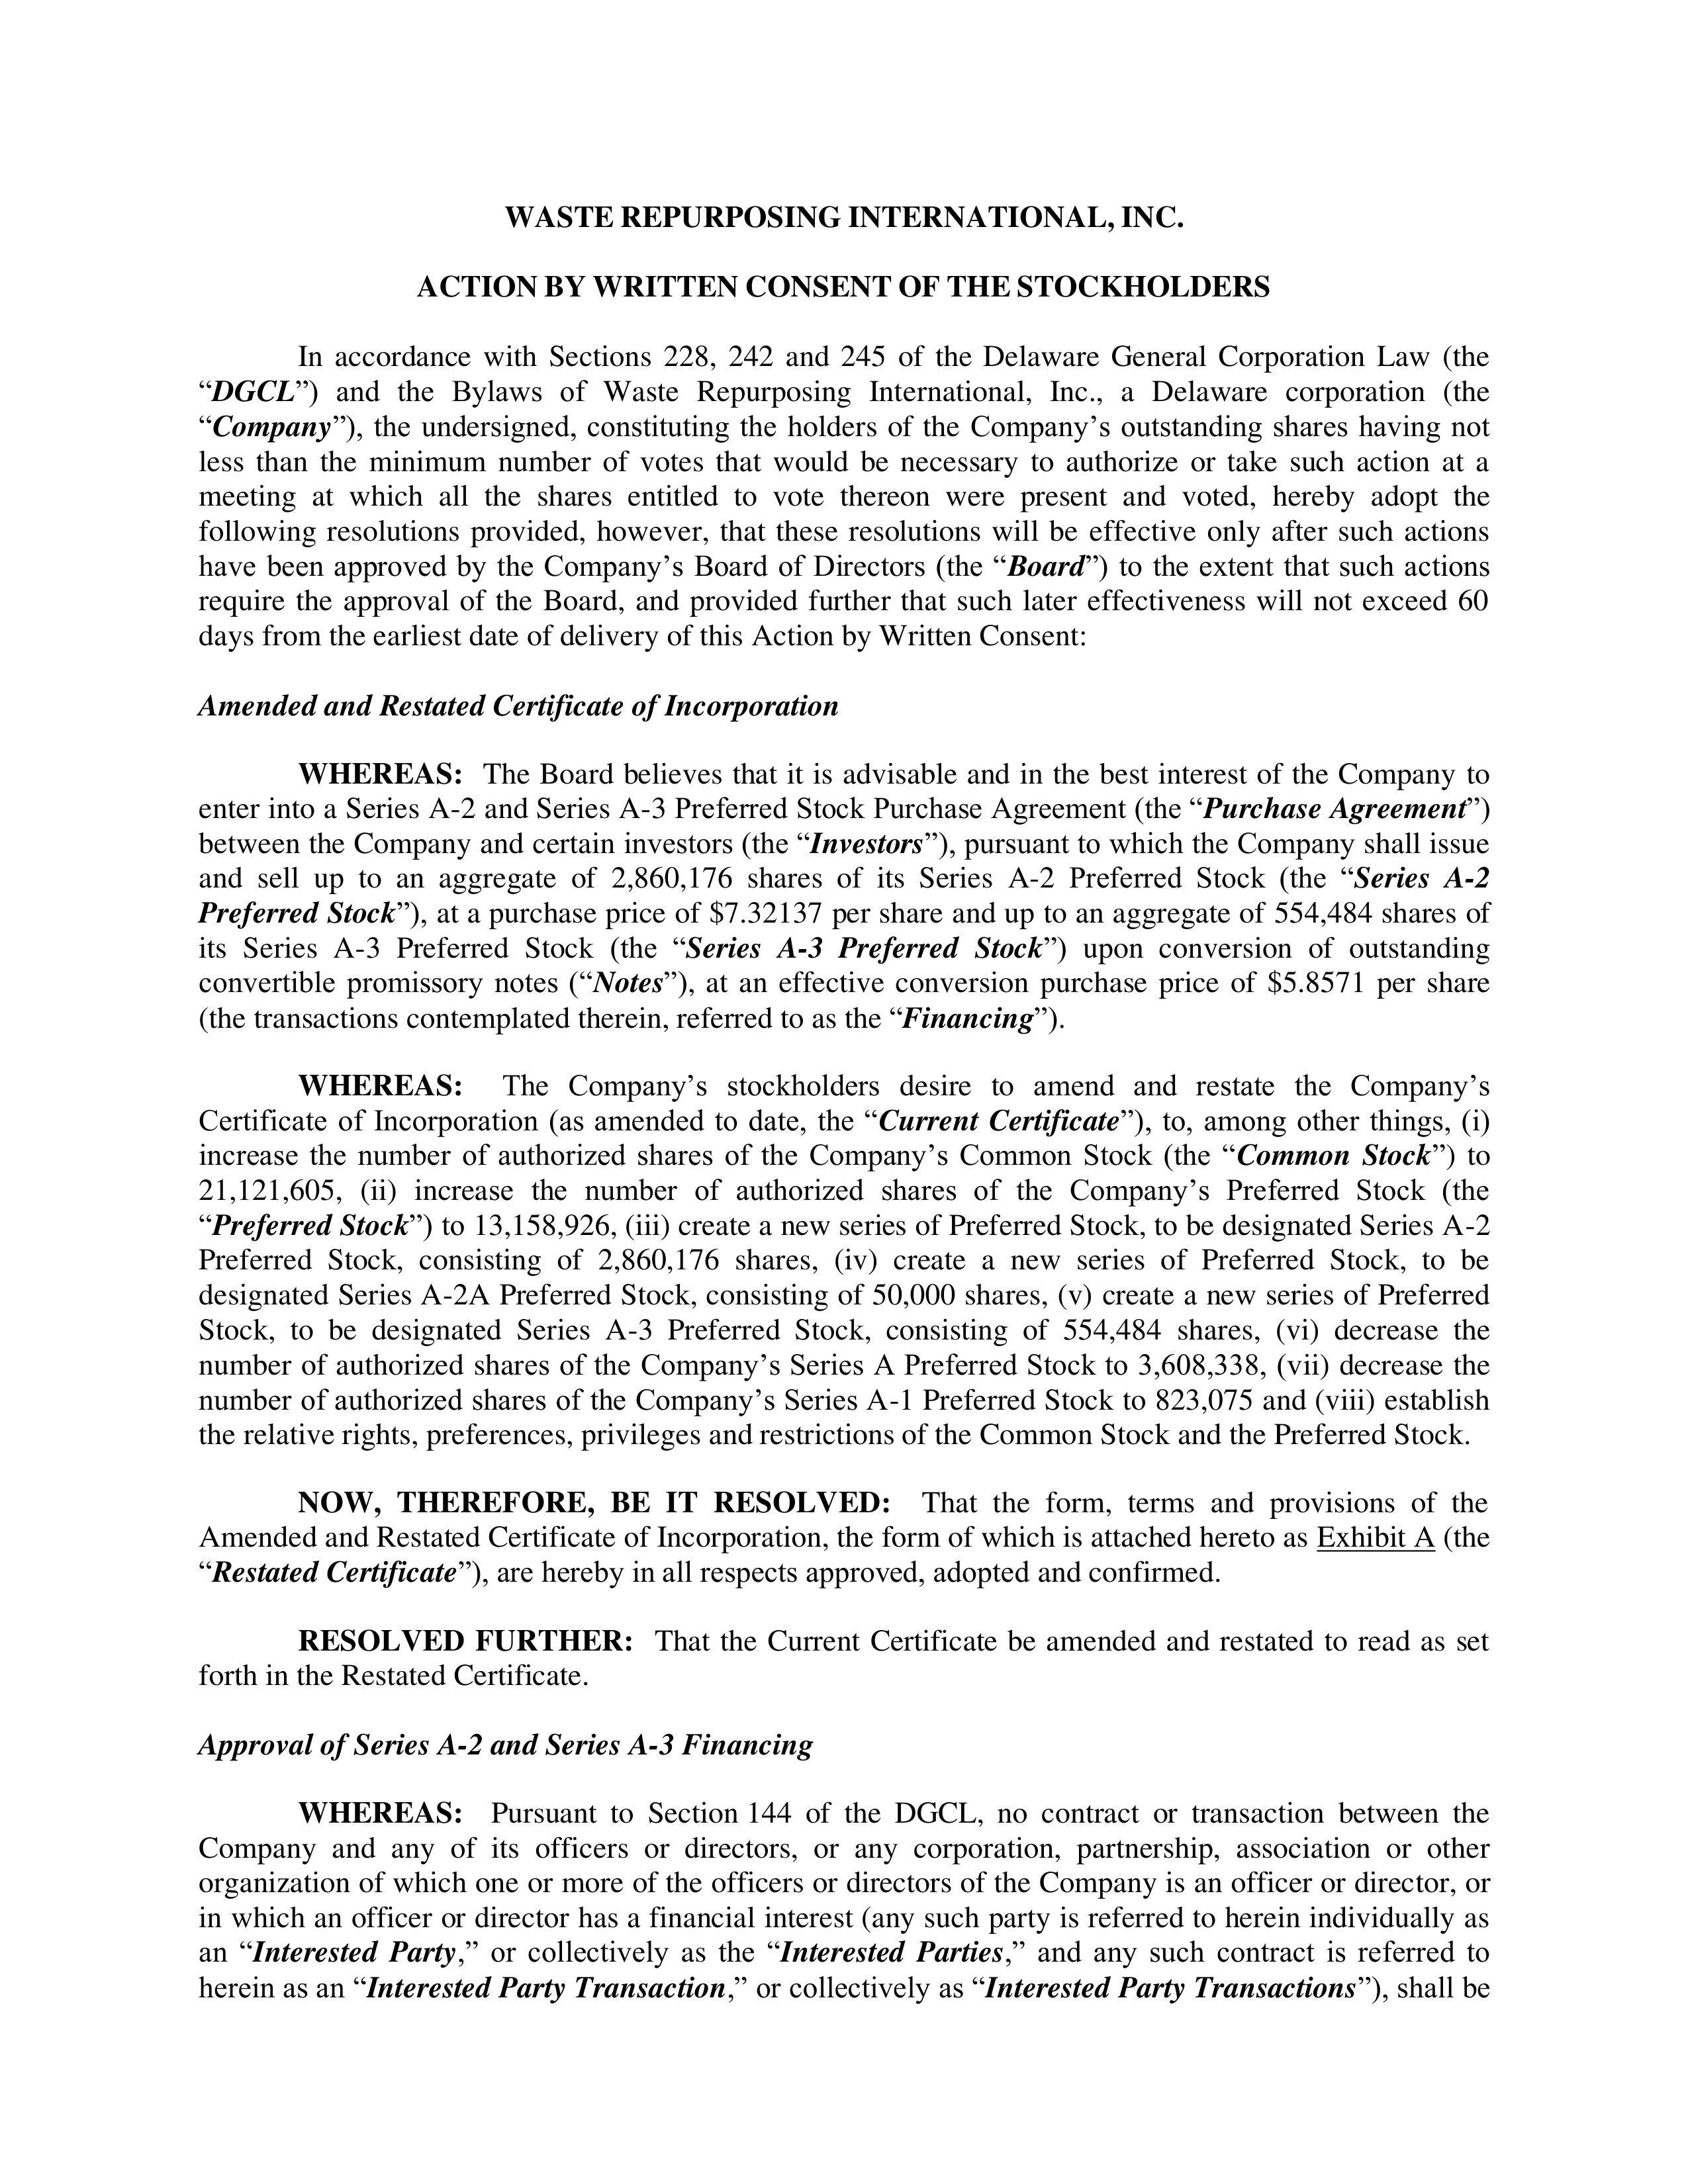
WASTE REPURPOSING INTERNATIONAL, INC.

ACTION BY WRITTEN CONSENT OF THE STOCKHOLDERS

In accordance with Sections 228, 242 and 245 of the Delaware General Corporation Law (the
"DGCL") and the Bylaws of Waste Repurposing International, Inc., a Delaware corporation (the
"Company"), the undersigned, constituting the holders of the Company's outstanding shares having not
less than the minimum number of votes that would be necessary to authorize or take such action at a
meeting at which all the shares entitled to vote thereon were present and voted, hereby adopt the
following resolutions provided, however, that these resolutions will be effective only after such actions
have been approved by the Company's Board of Directors (the "Board") to the extent that such actions
require the approval of the Board, and provided further that such later effectiveness will not exceed 60
days from the earliest date of delivery of this Action by Written Consent:

Amended and Restated Certificate of Incorporation

WHEREAS: The Board believes that it is advisable and in the best interest of the Company to
enter into a Series A-2 and Series A-3 Preferred Stock Purchase Agreement (the "Purchase Agreement")
between the Company and certain investors (the "Investors"), pursuant to which the Company shall issue
and sell up to an aggregate of 2,860,176 shares of its Series A-2 Preferred Stock (the "Series A-2
Preferred Stock"), at a purchase price of $7.32137 per share and up to an aggregate of 554,484 shares of
its Series A-3 Preferred Stock (the "Series A-3 Preferred Stock") upon conversion of outstanding
convertible promissory notes ("Notes"), at an effective conversion purchase price of $5.8571 per share
(the transactions contemplated therein, referred to as the "Financing").

WHEREAS: The Company's stockholders desire to amend and restate the Company's
Certificate of Incorporation (as amended to date, the "Current Certificate"), to, among other things, (i)
increase the number of authorized shares of the Company's Common Stock (the "Common Stock") to
21,121,605, (ii) increase the number of authorized shares of the Company's Preferred Stock (the
"Preferred Stock") to 13,158,926, (iii) create a new series of Preferred Stock, to be designated Series A-2
Preferred Stock, consisting of 2,860,176 shares, (iv) create a new series of Preferred Stock, to be
designated Series A-2A Preferred Stock, consisting of 50,000 shares, (v) create a new series of Preferred
Stock, to be designated Series A-3 Preferred Stock, consisting of 554,484 shares, (vi) decrease the
number of authorized shares of the Company's Series A Preferred Stock to 3,608,338, (vii) decrease the
number of authorized shares of the Company's Series A-1 Preferred Stock to 823,075 and (viii) establish
the relative rights, preferences, privileges and restrictions of the Common Stock and the Preferred Stock.

NOW, THEREFORE, BE IT RESOLVED: That the form, terms and provisions of the
Amended and Restated Certificate of Incorporation, the form of which is attached hereto as Exhibit A (the
"Restated Certificate"), are hereby in all respects approved, adopted and confirmed.

RESOLVED FURTHER: That the Current Certificate be amended and restated to read as set
forth in the Restated Certificate.

Approval of Series A-2 and Series A-3 Financing

WHEREAS: Pursuant to Section 144 of the DGCL, no contract or transaction between the
Company and any of its officers or directors, or any corporation, partnership, association or other
organization of which one or more of the officers or directors of the Company is an officer or director, or
in which an officer or director has a financial interest (any such party is referred to herein individually as
an "Interested Party," or collectively as the "Interested Parties," and any such contract is referred to
herein as an "Interested Party Transaction," or collectively as "Interested Party Transactions"), shall be